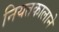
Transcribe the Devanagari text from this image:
नियतकालाने